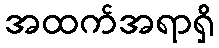
အထက်အရာရှိ